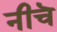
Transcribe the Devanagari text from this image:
नीचॆ